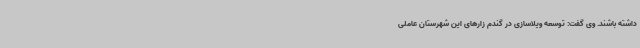
داشته باشند. وی گفت: توسعه ویلاسازی در گندم زارهای این شهرستان عاملی